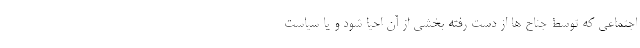
اجتماعی که توسط جناح ها از دست رفته بخشی از آن احیا شود و یا سیاست